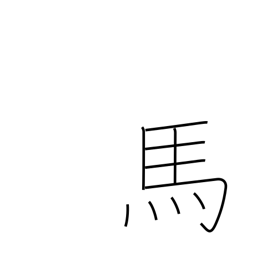
Meaning: horse